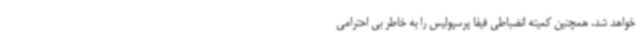
خواهد شد. همچنین کمیته انضباطی فیفا پرسپولیس‌ را به خاطر بی احترامی